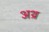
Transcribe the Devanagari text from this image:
अथ्र